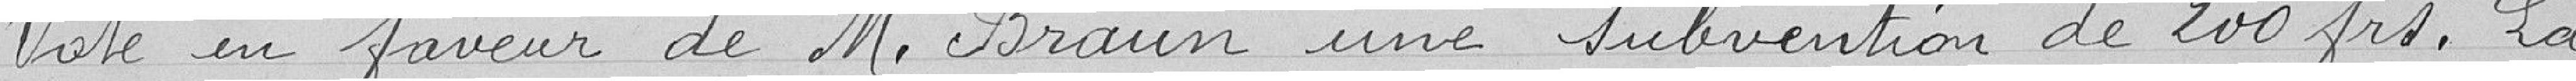
Vote en faveur de M.Braun une subvention de 200 frs . La